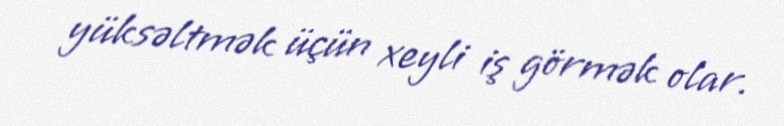
yüksəltmək üçün xeyli iş görmək olar.